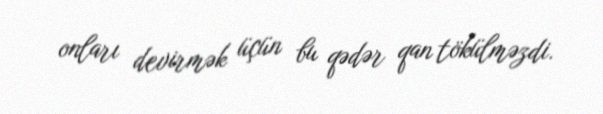
onları devirmək üçün bu qədər qan tökülməzdi.